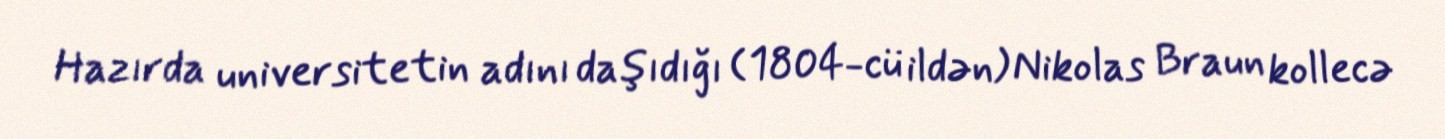
Hazırda universitetin adını daşıdığı (1804-cü ildən) Nikolas Braun kollecə